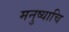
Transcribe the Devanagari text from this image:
मनुष्याचि